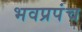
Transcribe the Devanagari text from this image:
भवप्रपंच